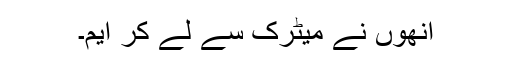
انھوں نے میٹرک سے لے کر ایم۔